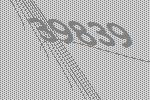
39839